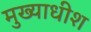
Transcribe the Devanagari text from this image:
मुख्याधीश